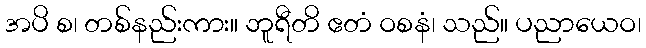
အပိ စ၊ တစ်နည်းကား။ ဘူရီတိ ဧတံ ဝစနံ၊ သည်။ ပညာယေဝ၊